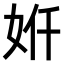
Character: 𫰙